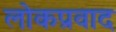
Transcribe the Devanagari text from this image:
लोकप्रवाद